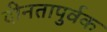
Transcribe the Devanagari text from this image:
दीनतापुर्वक